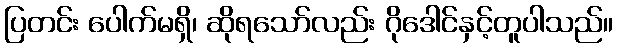
ပြတင်း ပေါက်မရှိ၊ ဆိုရသော်လည်း ဂိုဒေါင်နှင့်တူပါသည်။